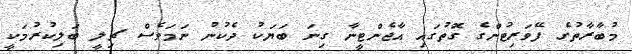
މުބާރާތުގެ ފޭވަރިޓުންގެ ގޮތުގައި އާޖެންޓީނާ ގިނަ ބަޔަކު ދެކުނު ނަމަވެސް ޗިލީ ބަލިކުރުމަކީ